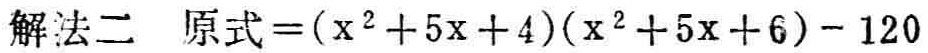
解法二 原式\(=(x^{2}+5x + 4)(x^{2}+5x + 6)-120\)